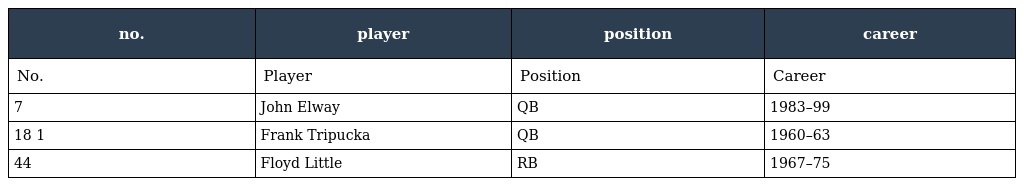
| no. | player | position | career |
 | --- | --- | --- | --- |
 | No. | Player | Position | Career |
 | 7 | John Elway | QB | 1983–99 |
 | 18 1 | Frank Tripucka | QB | 1960–63 |
 | 44 | Floyd Little | RB | 1967–75 |